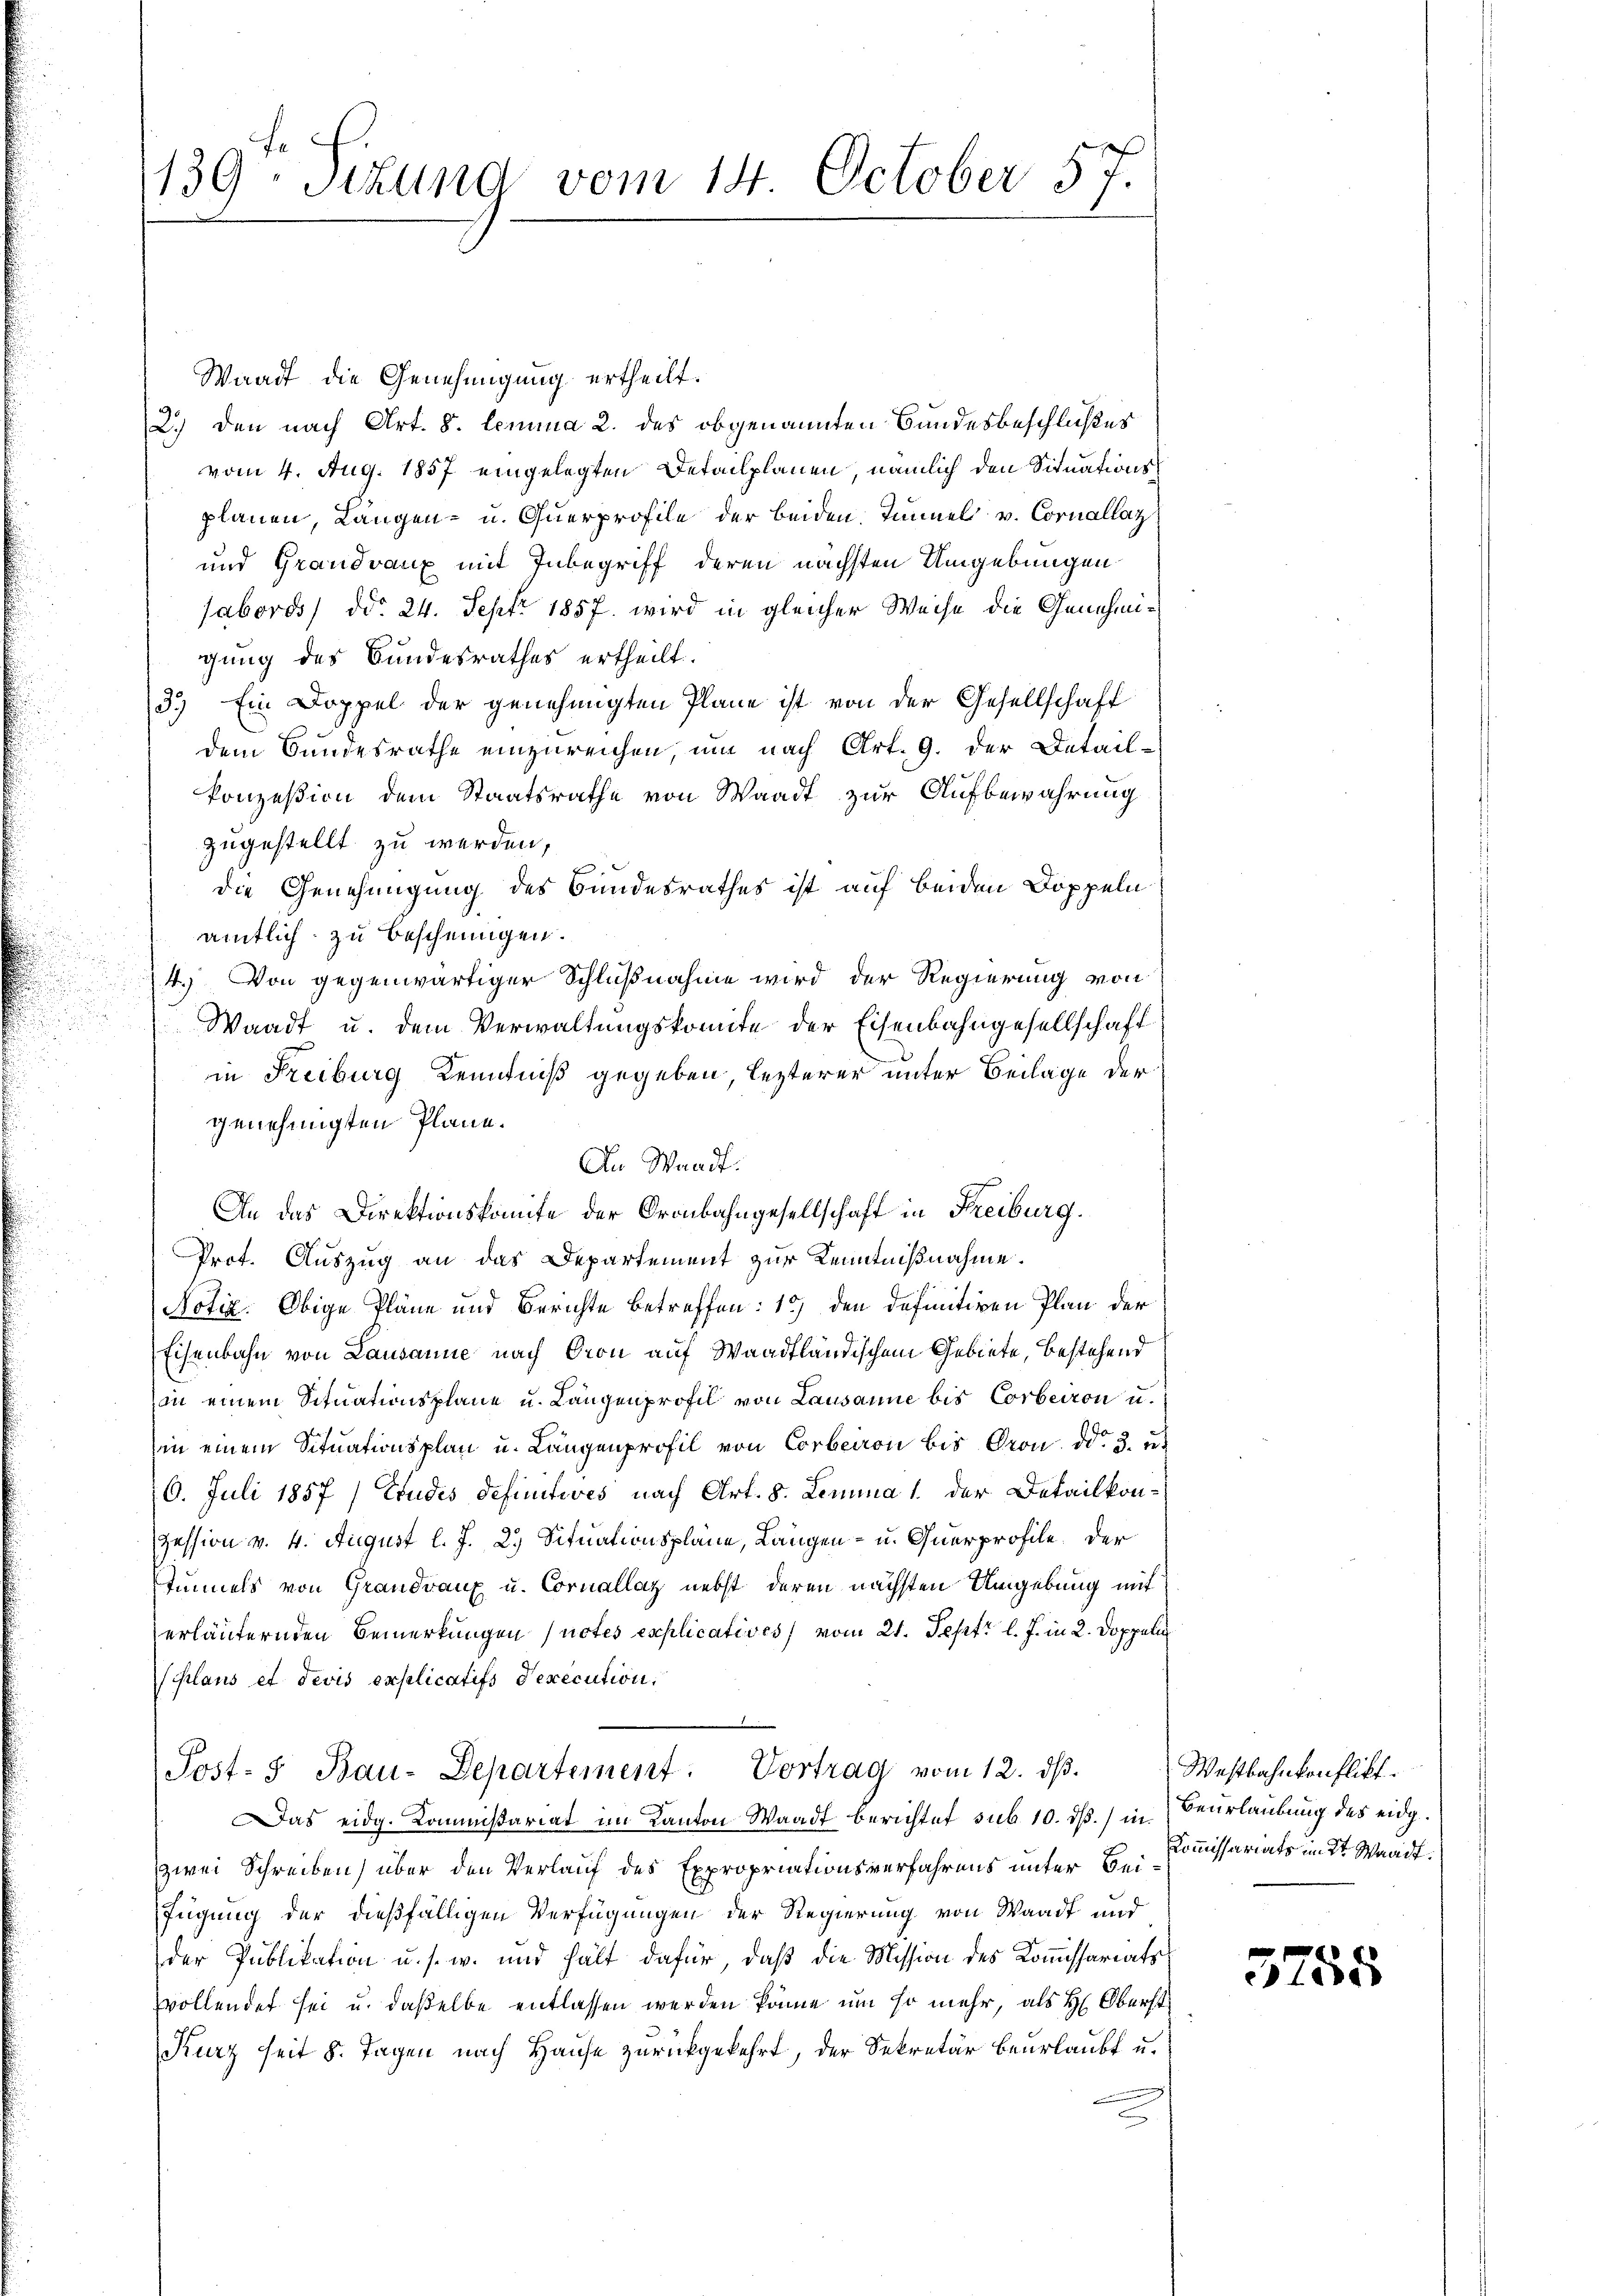
139. Sitzung vom 14. October 57.

Waadt die Genehmigung ertheilt.
2.) den nach Art. 8. Lemma 2. des obgenannten Bundesbeschlußes
vom 4. Aug. 1857 eingelegten Detailplänen, nämlich den Situationsplanen, Langen- u. Querprofile der beiden. Tunnel v. Cornallaz
und Grandvaux mit Inbegriff deren nächsten Umgebungen
sabords/ ddo 24. Sept. 1857 wird in gleicher Weise die Genehmigung des Bundesrathes ertheilt.
3.) Ein Doppel der genehmigten Plane ist von der Gesellschaft
dem Bundesrathe einzureichen um nach Art. 9. der Detail-
konzesion dem Staatsrathe von Waadt zur Aufbewahrung
zugestellt zu werden,
die Genehmigung des Bundesrathes ist auf beiden Doppeln
amtlich zu Beschnungen.
4.) Von gegenwärtiger Schlußnahme wird der Regierung von
Waadt u. dem Verwaltungskomite der Eisenbahngesellschaft
in Freiburg Kenntniß gegeben lezterer unter Beilage der
genehmigten Plane.
An Waadt:
An das Direktionskomite der Oronbahngesellschaft in Freiburg.
Prot. Auszug an das Departement zur Kenntnißnahme.
Notiz. Obige Pläne und Berichte betreffen: 1) den definitiven Plan der
Eisenbahn von Lausanne nach Gron auf Waadtländischem Gebiete, bestehend
an einem Situationsplane u. Langenprofil von Lausanne bis Corberron u.
in einem Situationsplan u. Längenprofil von Corbeiron bis Gron. dd. 3. u.
(6. Juli 1857/ Etudes definitives nach Art. 8. Lemma 1. der Detailkon-
Zession v. 4. August l. J. 2.) Situationsplane, Langen- u. Querprofile. Der
Tunnels von Grandrang u. Cornallaz nebst deren nächsten Umgebung mit
erläufernden Bemerkungen (notes explicatives, vom 21. Sept. l. J. in 2. Doppeli
plans et devis explicatifs Dexecution,
Post- & Bau-Departement: Vortrag vom 12. dβ.
Das eidg. Kommissariat im Kanton Waadt berichtet sub 10. ds. in
zwei Schreiben) über den Verlauf des Expropriationsverfahrens unter Beifügung der dießfälligen Verfügungen der Regierung von Waadt und
der Publikation u. s. w. und hält dafür, daß die Mission des Kommissariats
vollendet sei u. daßelbe entlassen werden könne, um so mehr, als H: Oberst
Kurz seit 8 Tagen nach Hause zurückgekehrt, der Sekretär beurlaubt u.

Westbahnkonflikt.
Beurlaubung des eidg.
Kommissariats mit Waadt.

3758